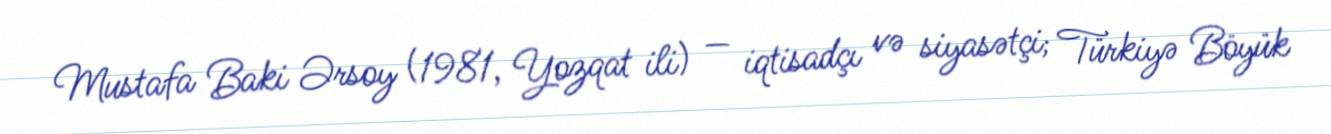
Mustafa Baki Ərsoy (1981, Yozqat ili) — iqtisadçı və siyasətçi; Türkiyə Böyük